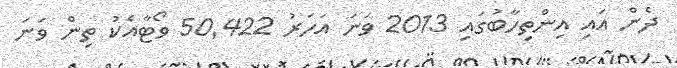
ދެން އައި އިންތިހާބުގައި 2013 ވަނަ އަހަރު 50